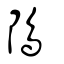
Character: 隝